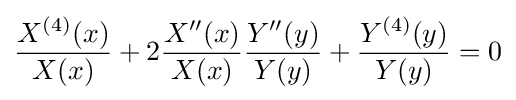
{\frac {X^{(4)}(x)}{X(x)}}+2{\frac {X''(x)}{X(x)}}{\frac {Y''(y)}{Y(y)}}+{\frac {Y^{(4)}(y)}{Y(y)}}=0